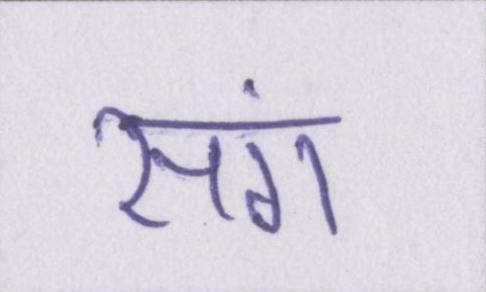
संग